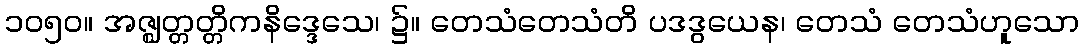
၁၀၅၀။ အဇ္ဈတ္တတ္တိကနိဒ္ဒေသေ၊ ၌။ တေသံတေသံတိ ပဒဒွယေန၊ တေသံ တေသံဟူသော